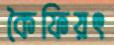
কৈফিয়ৎ